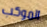
الموكب